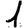
Digit: 1